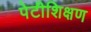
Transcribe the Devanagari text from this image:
पेटीशिक्षण